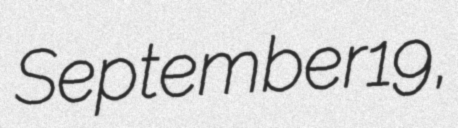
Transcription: September 19,